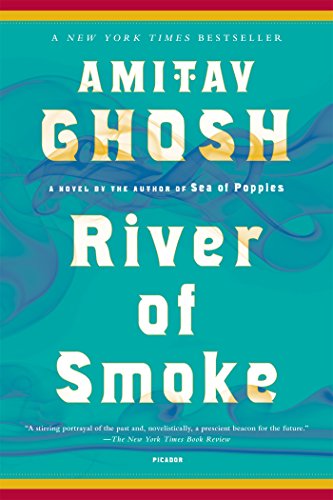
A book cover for River of Smoke: A Novel (The Ibis Trilogy); Amitav Ghosh; Literature & Fiction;